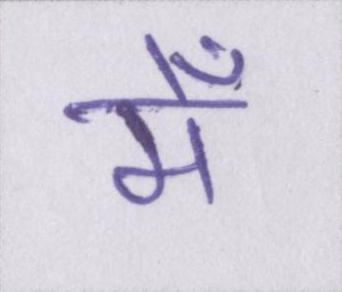
मेँ